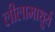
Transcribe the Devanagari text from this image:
लीलामाधुर्य